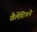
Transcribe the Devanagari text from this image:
वैलेंटिगने